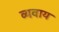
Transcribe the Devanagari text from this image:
व्यवाय